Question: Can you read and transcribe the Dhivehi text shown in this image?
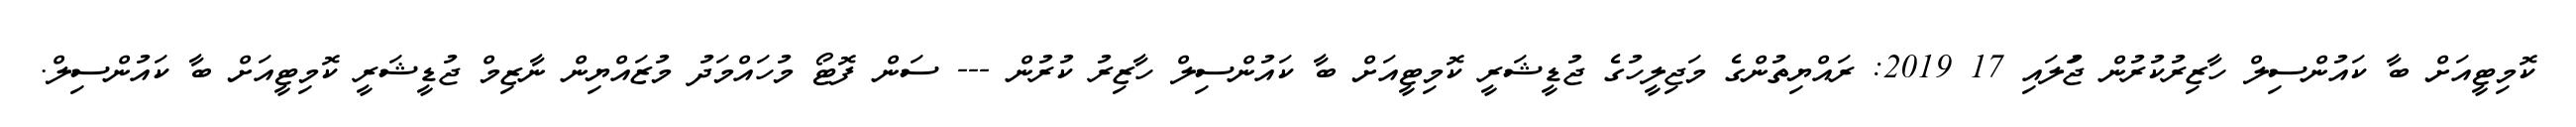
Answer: ކޮމިޓީއަށް ބާ ކައުންސިލް ހާޒިރުކުރުން ޖުަލައި 17 2019: ރައްޔިތުންގެ މަޖިލީހުގެ ޖުޑީޝަރީ ކޮމިޓީއަށް ބާ ކައުންސިލް ހާޒިރު ކުރުން --- ސަން ފޮޓޯ މުހައްމަދު މުޒައްޔިން ނާޒިމް ޖުޑީޝަރީ ކޮމިޓީއަށް ބާ ކައުންސިލް.